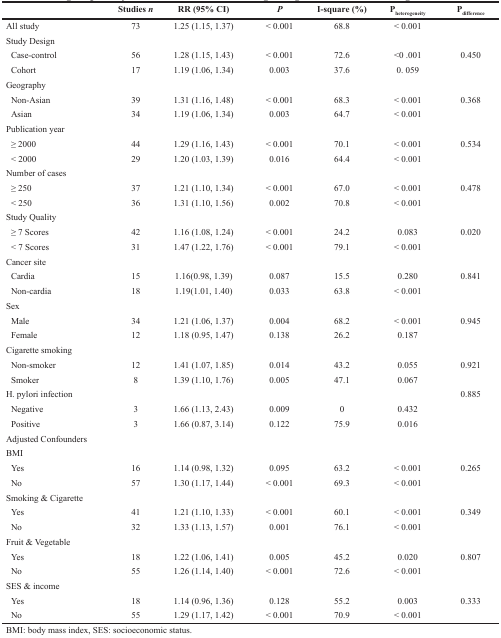
<table><thead><tr><td></td><td><b>Studies <i>n</i></b></td><td><b>RR (95% CI)</b></td><td><b><i>P</i></b></td><td><b>I-square (%)</b></td><td><b>P<sub>heterogeneity</sub></b></td><td><b>P<sub>difference</sub></b></td></tr></thead><tbody><tr><td>All study</td><td>73</td><td>1.25 (1.15, 1.37)</td><td>&lt; 0.001</td><td>68.8</td><td>&lt; 0.001</td><td></td></tr><tr><td>Study Design</td><td></td><td></td><td></td><td></td><td></td><td></td></tr><tr><td> Case-control</td><td>56</td><td>1.28 (1.15, 1.43)</td><td>&lt; 0.001</td><td>72.6</td><td>&lt;0.001</td><td>0.450</td></tr><tr><td> Cohort</td><td>17</td><td>1.19 (1.06, 1.34)</td><td>0.003</td><td>37.6</td><td>0. 059</td><td></td></tr><tr><td>Geography</td><td></td><td></td><td></td><td></td><td></td><td></td></tr><tr><td> Non-Asian</td><td>39</td><td>1.31 (1.16, 1.48)</td><td>&lt; 0.001</td><td>68.3</td><td>&lt; 0.001</td><td>0.368</td></tr><tr><td> Asian</td><td>34</td><td>1.19 (1.06, 1.34)</td><td>0.003</td><td>64.7</td><td>&lt; 0.001</td><td></td></tr><tr><td>Publication year</td><td></td><td></td><td></td><td></td><td></td><td></td></tr><tr><td> ≥ 2000</td><td>44</td><td>1.29 (1.16, 1.43)</td><td>&lt; 0.001</td><td>70.1</td><td>&lt; 0.001</td><td>0.534</td></tr><tr><td> &lt; 2000</td><td>29</td><td>1.20 (1.03, 1.39)</td><td>0.016</td><td>64.4</td><td>&lt; 0.001</td><td></td></tr><tr><td>Number of cases</td><td></td><td></td><td></td><td></td><td></td><td></td></tr><tr><td> ≥ 250</td><td>37</td><td>1.21 (1.10, 1.34)</td><td>&lt; 0.001</td><td>67.0</td><td>&lt; 0.001</td><td>0.478</td></tr><tr><td> &lt; 250</td><td>36</td><td>1.31 (1.10, 1.56)</td><td>0.002</td><td>70.8</td><td>&lt; 0.001</td><td></td></tr><tr><td>Study Quality</td><td></td><td></td><td></td><td></td><td></td><td></td></tr><tr><td> ≥ 7 Scores</td><td>42</td><td>1.16 (1.08, 1.24)</td><td>&lt; 0.001</td><td>24.2</td><td>0.083</td><td>0.020</td></tr><tr><td> &lt; 7 Scores</td><td>31</td><td>1.47 (1.22, 1.76)</td><td>&lt; 0.001</td><td>79.1</td><td>&lt; 0.001</td><td></td></tr><tr><td>Cancer site</td><td></td><td></td><td></td><td></td><td></td><td></td></tr><tr><td> Cardia</td><td>15</td><td>1.16(0.98, 1.39)</td><td>0.087</td><td>15.5</td><td>0.280</td><td>0.841</td></tr><tr><td> Non-cardia</td><td>18</td><td>1.19(1.01, 1.40)</td><td>0.033</td><td>63.8</td><td>&lt; 0.001</td><td></td></tr><tr><td>Sex</td><td></td><td></td><td></td><td></td><td></td><td></td></tr><tr><td> Male</td><td>34</td><td>1.21 (1.06, 1.37)</td><td>0.004</td><td>68.2</td><td>&lt; 0.001</td><td>0.945</td></tr><tr><td> Female</td><td>12</td><td>1.18 (0.95, 1.47)</td><td>0.138</td><td>26.2</td><td>0.187</td><td></td></tr><tr><td>Cigarette smoking</td><td></td><td></td><td></td><td></td><td></td><td></td></tr><tr><td> Non-smoker</td><td>12</td><td>1.41 (1.07, 1.85)</td><td>0.014</td><td>43.2</td><td>0.055</td><td>0.921</td></tr><tr><td> Smoker</td><td>8</td><td>1.39 (1.10, 1.76)</td><td>0.005</td><td>47.1</td><td>0.067</td><td></td></tr><tr><td>H. pylori infection</td><td></td><td></td><td></td><td></td><td></td><td>0.885</td></tr><tr><td> Negative</td><td>3</td><td>1.66 (1.13, 2.43)</td><td>0.009</td><td>0</td><td>0.432</td><td></td></tr><tr><td> Positive</td><td>3</td><td>1.66 (0.87, 3.14)</td><td>0.122</td><td>75.9</td><td>0.016</td><td></td></tr><tr><td>Adjusted Confounders</td><td></td><td></td><td></td><td></td><td></td><td></td></tr><tr><td>BMI</td><td></td><td></td><td></td><td></td><td></td><td></td></tr><tr><td> Yes</td><td>16</td><td>1.14 (0.98, 1.32)</td><td>0.095</td><td>63.2</td><td>&lt; 0.001</td><td>0.265</td></tr><tr><td> No</td><td>57</td><td>1.30 (1.17, 1.44)</td><td>&lt; 0.001</td><td>69.3</td><td>&lt; 0.001</td><td></td></tr><tr><td>Smoking &amp; Cigarette</td><td></td><td></td><td></td><td></td><td></td><td></td></tr><tr><td> Yes</td><td>41</td><td>1.21 (1.10, 1.33)</td><td>&lt; 0.001</td><td>60.1</td><td>&lt; 0.001</td><td>0.349</td></tr><tr><td> No</td><td>32</td><td>1.33 (1.13, 1.57)</td><td>0.001</td><td>76.1</td><td>&lt; 0.001</td><td></td></tr><tr><td>Fruit &amp; Vegetable</td><td></td><td></td><td></td><td></td><td></td><td></td></tr><tr><td> Yes</td><td>18</td><td>1.22 (1.06, 1.41)</td><td>0.005</td><td>45.2</td><td>0.020</td><td>0.807</td></tr><tr><td> No</td><td>55</td><td>1.26 (1.14, 1.40)</td><td>&lt; 0.001</td><td>72.6</td><td>&lt; 0.001</td><td></td></tr><tr><td>SES &amp; income</td><td></td><td></td><td></td><td></td><td></td><td></td></tr><tr><td> Yes</td><td>18</td><td>1.14 (0.96, 1.36)</td><td>0.128</td><td>55.2</td><td>0.003</td><td>0.333</td></tr><tr><td> No</td><td>55</td><td>1.29 (1.17, 1.42)</td><td>&lt; 0.001</td><td>70.9</td><td>&lt; 0.001</td><td></td></tr></tbody></table>